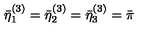
\bar { \eta } _ { 1 } ^ { ( 3 ) } = \bar { \eta } _ { 2 } ^ { ( 3 ) } = \bar { \eta } _ { 3 } ^ { ( 3 ) } = \bar { \pi }